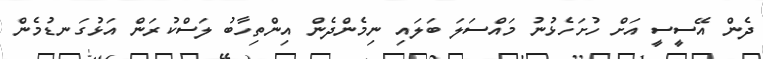
ދެން އޭސީސީ އަށް ހުށަހެޅުނު މައްސަލަ ބަލައި ނިމެންދެން އިންތިހާބު ލަސްކުރަން އަޅުގަނޑުމެން